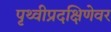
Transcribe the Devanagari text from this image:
पृथ्वीप्रदक्षिणेवर